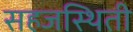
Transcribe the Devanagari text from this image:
सहजस्थिती